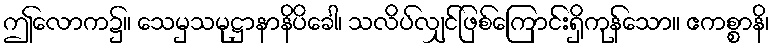
ဤလောက၌။ သေမှသမုဋ္ဌာနာနိပိခေါ၊ သလိပ်လျှင်ဖြစ်ကြောင်းရှိကုန်သော။ ဧကစ္စာနိ၊